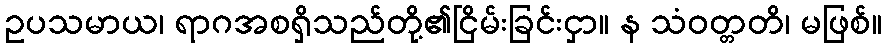
ဥပသမာယ၊ ရာဂအစရှိသည်တို့၏ငြိမ်းခြင်းငှာ။ န သံဝတ္တတိ၊ မဖြစ်။